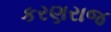
કરણરાજ